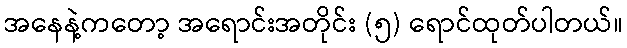
အနေနဲ့ကတော့ အရောင်းအတိုင်း (၅) ရောင်ထုတ်ပါတယ်။